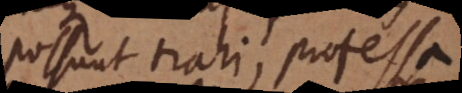
possunt trahi, professa